Plague in India, 1896, 1897 - Volume 1
Year: 1896
Disease focus: Plague
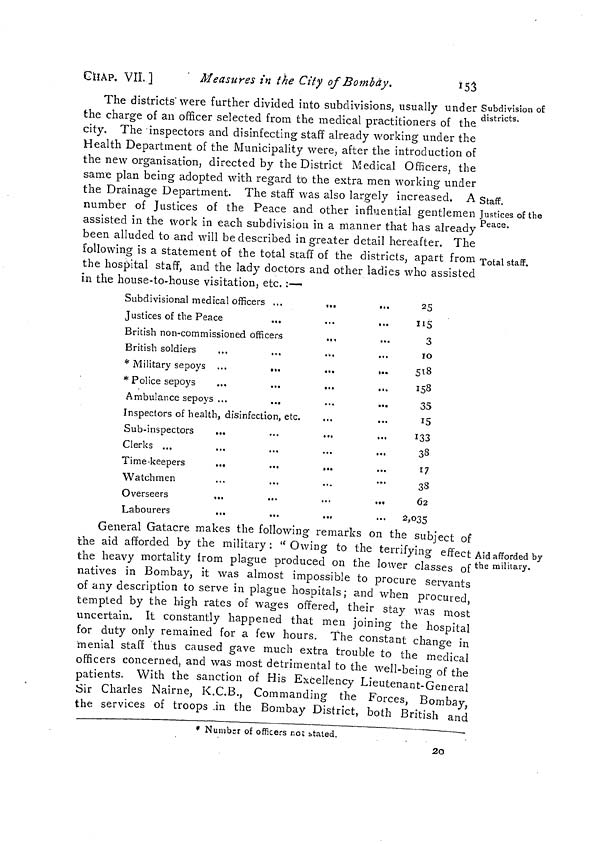
GÏÎAP. VII.]
Measures in the City of Bombay.
153
Subdivision of
districts.
Staff.
Justices of the
Peace.
Total staff.
The districts" were further divided into subdivisions, usually under
the charge of an officer selected from the medical practitioners of the
city. The inspectors and disinfecting staff already working under the
Health Department of the Municipality were, after the introduction of
the new organisation, directed by the District Medical Officers, the
same plan being adopted with regard to the extra men working under
the Drainage Department. The staff was also largely increased. A
number of Justices of the Peace and other influential gentlemen
assisted in the work in each subdivision in a manner that has already
been alluded to and will be described in greater detail hereafter. The
following is a statement of the total staff of the districts, apart from
the hospital staff, and the lady doctors and other ladies who assisted
in the house-to-house visitation, etc. :—
Subdivisional medical officers ...
...
Justices of the Peace
British non-commissioned officers
.,,
British soldiers
* Military sepoys ...
...
* Police sepoys
...
Ambulance sepoys ...
...
Inspectors of health, disinfection, etc.
...
Sub-inspectors
...
...
...
Clerks ...
Time-keepers
...
...
...
Watchmen
Overseers
...
Labourers
...
...
...
25
115
3
10
518
158
35
15
133
38
17
38
62
... 2,035
Aid afforded by
the military.
General Gatacre makes the following remarks on the subject of
the aid afforded by the military: "Owing to the terrifying effect
the heavy mortality from plague produced on the lower classes of
natives in Bombay, it was almost impossible to procure servants
of any description to serve in plague hospitals ; and when procured
tempted by the high rates of wages offered, their stay was most
uncertain. It constantly happened that men joining the hospital
for duty only remained for a few hours. The constant change in
menial staff thus caused gave much extra trouble to the medical
officers concerned, and was most detrimental to the well-being of the
patients. With the sanction of His Excellency Lieutenant-General
Sir Charles Nairne, K.C.B., Commanding the Forces, Bombay
the services of troops in the Bombay District, both British and
* Number of officers not stated.
20